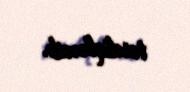
təsdiqlənib.